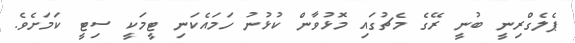
ޕެލެގްރިނީ ބުނީ ރޭގެ މެޗުގައި މޮޅުވާން ކުޅުނު ހަމައެކަނި ޓީމަކީ ސިޓީ ކަމަށެވެ.